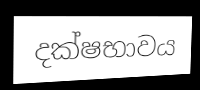
දක්ෂභාවය